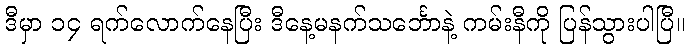
ဒီမှာ ၁၄ ရက်လောက်နေပြီး ဒီနေ့မနက်သင်္ဘောနဲ့ ကမ်းနီကို ပြန်သွားပါပြီ။